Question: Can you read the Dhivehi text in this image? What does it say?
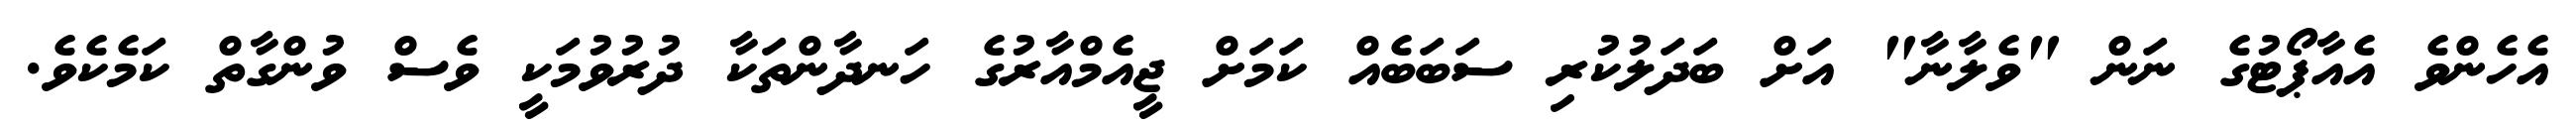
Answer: އެހެންވެ އެއާޕޯޓުގެ ނަން "ވެލާނާ" އަށް ބަދަލުކުރި ސަބަބެއް ކަމަށް ޖީއެމްއާރުގެ ހަނދާންތަކާ ދުރުވުމަކީ ވެސް ވުންގާތް ކަމެކެވެ.